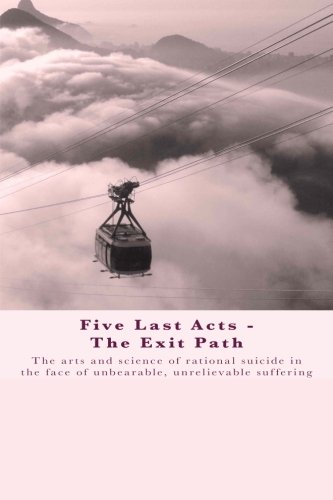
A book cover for Five Last Acts - The Exit Path: The arts and science of rational suicide in the face of unbearable, unrelievable suffering; Chris Docker; Self-Help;